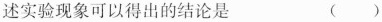
述实验现象可以得出的结论是 ()